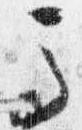
馬